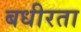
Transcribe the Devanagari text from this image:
बधीरता